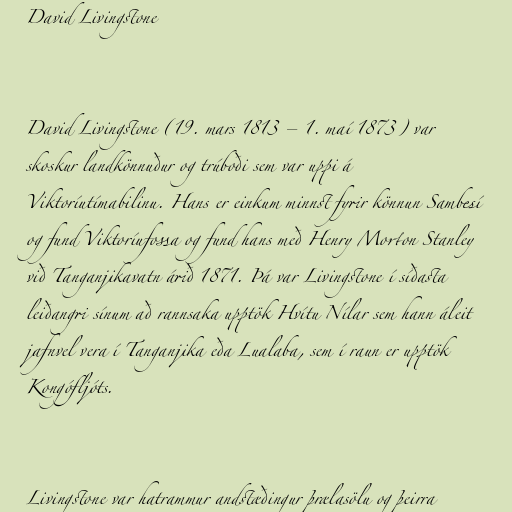
David Livingstone

David Livingstone (19. mars 1813 – 1. maí 1873) var
skoskur landkönnuður og trúboði sem var uppi á
Viktoríutímabilinu. Hans er einkum minnst fyrir könnun Sambesí
og fund Viktoríufossa og fund hans með Henry Morton Stanley
við Tanganjikavatn árið 1871. Þá var Livingstone í síðasta
leiðangri sínum að rannsaka upptök Hvítu Nílar sem hann áleit
jafnvel vera í Tanganjika eða Lualaba, sem í raun er upptök
Kongófljóts.

Livingstone var hatrammur andstæðingur þrælasölu og þeirra